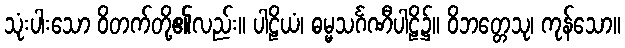
သုံးပါးသော ဝိတက်တို့၏လည်း။ ပါဠိယံ၊ ဓမ္မသင်္ဂဏီပါဠိ၌။ ဝိဘတ္တေသု၊ ကုန်သော။